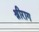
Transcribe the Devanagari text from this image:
श्रीराग